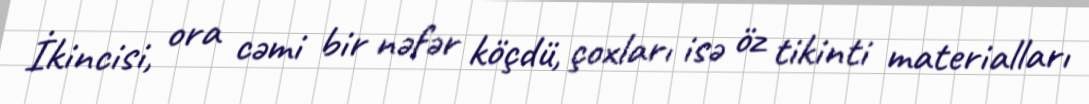
İkincisi, ora cəmi bir nəfər köçdü, çoxları isə öz tikinti materialları